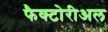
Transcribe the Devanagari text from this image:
फैक्टोरीअल